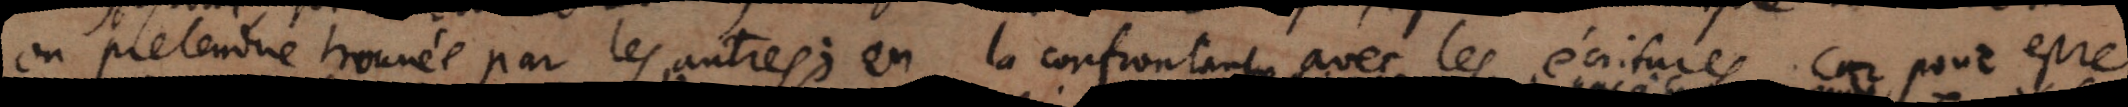
ou pretendue trouvée, par les autres; en la confrontant avec les écritures. Car pour estre